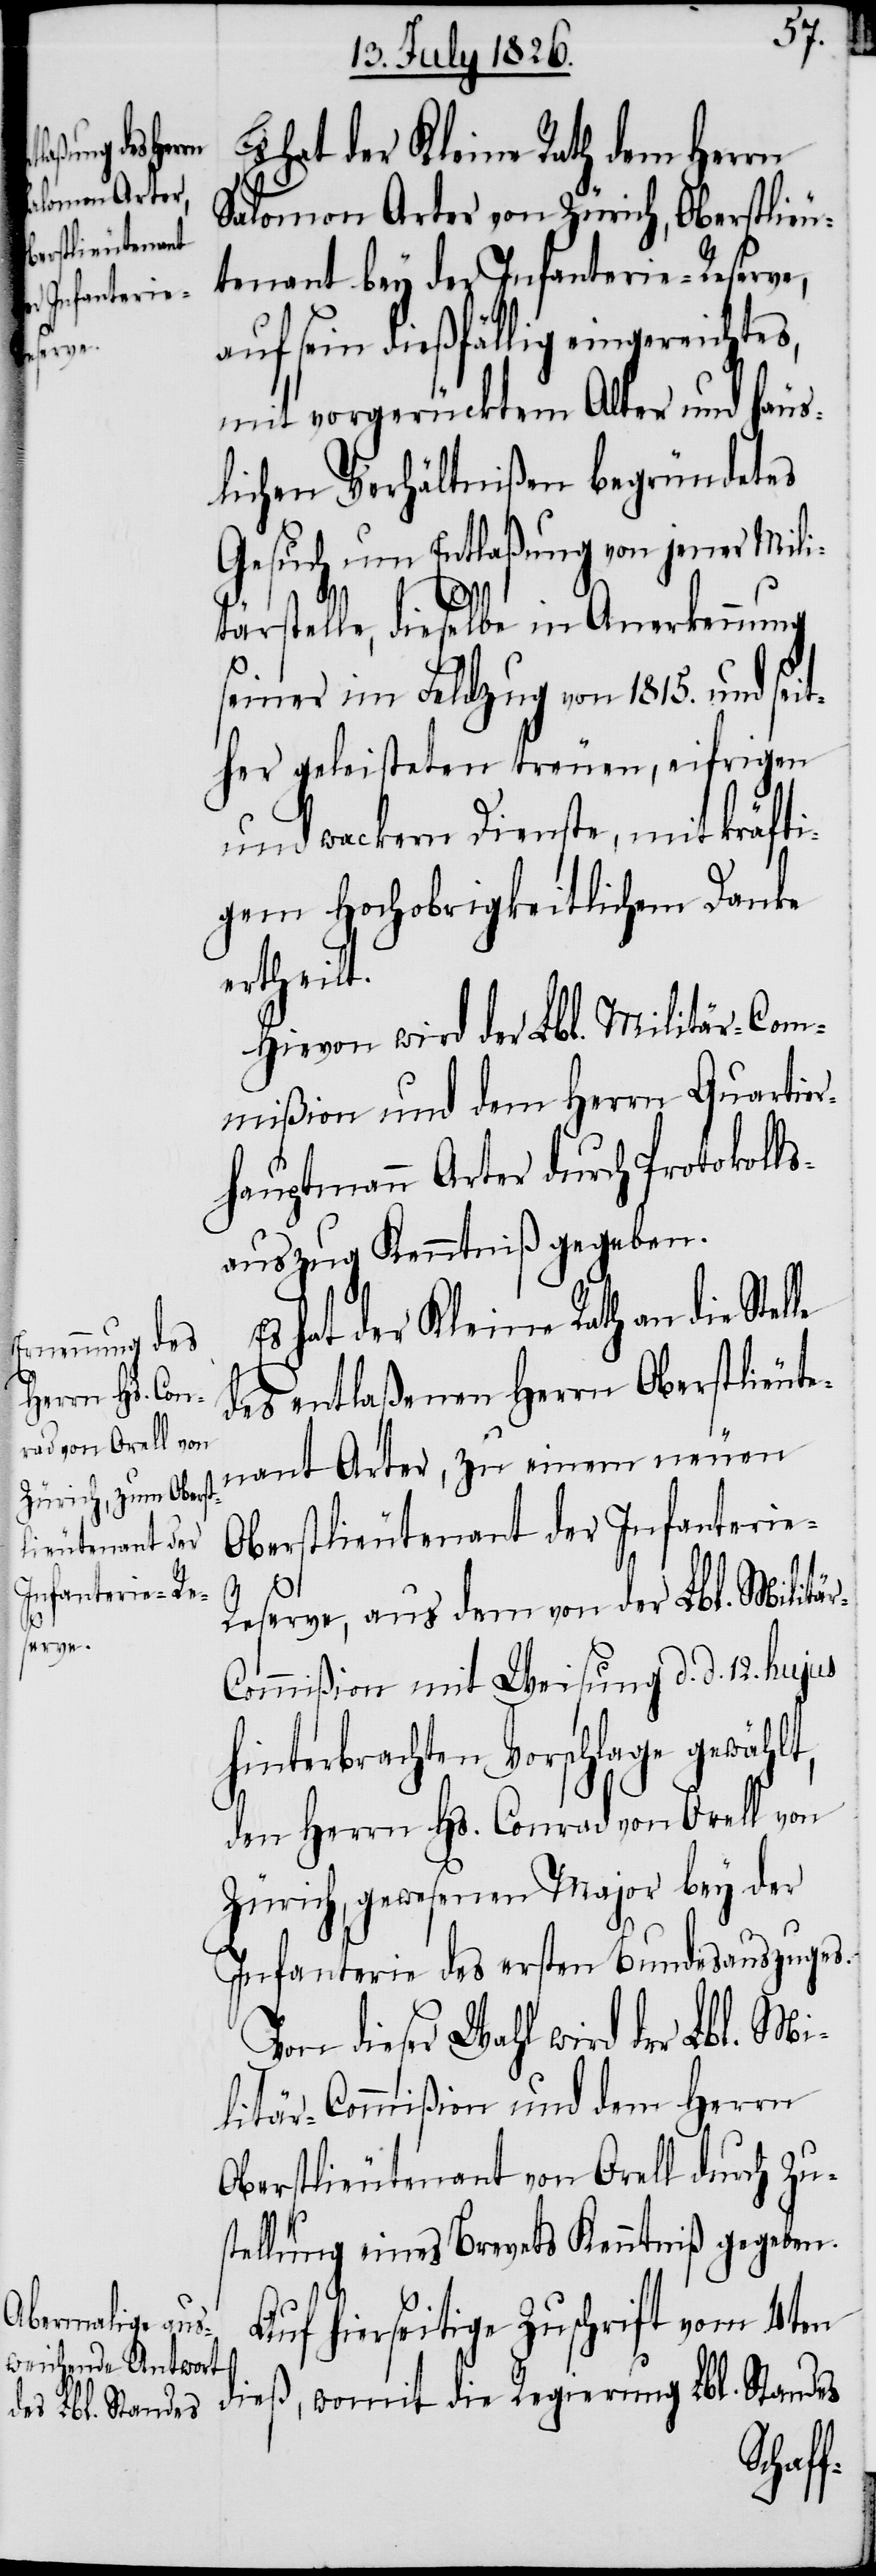
die Regierung
Es hat der Kleine Rath dem Herrn
Salomon Arter von Zürich, Oberstlieu¬
tenant bey der Infanterie-Reserve,
auf sein dießfällig eingereichtes,
mit vorgerücktem Alter und häus¬
lichen Verhältnißen begründetes
Gesuch um Entlaßung von jener Mili¬
tärstelle, dieselbe in Anerkennung
seiner im Feldzug von 1815. und sei¬
ther geleisteten treuen, eifrigen
und wackern Dienste, mit kräfti¬
gem Hochobrigkeitlichem Danke
ertheilt.
Hievon wird der Lbl. Militär-Com¬
mißion und dem Herrn Quartier¬
hauptmann Arter durch Protokoll¬
sauszug Kenntniß gegeben.
hat der Kleine Rath an die Stel¬
des entlaßenen Herrn Oberstlieute¬
nant Arter, zu einem neuen
Oberstlieutenant der Infanteri¬
le
serve, aus dem von der Lbl. Militä¬
Es
r-C¬
ommißion mit Weisung d. d. 12. hujus
hinterbrachten Vorschlage gewählt,
den Herrn Hs. Conrad von Orell von
Zürich, gewesenen Major bey der
Infanterie des ersten Bundesauszuges.
Von dieser Wahl wird der Lbl. Mi¬
litär-Commißion und dem Herrn
Oberstlieutenant von Orell durch Zus¬
tellung eines Brevets Kenntniß gegeben.
Auf hierseitige Zuschrift vom 4ten